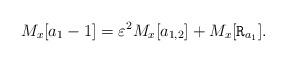
LaTeX: \begin{align*}M_x[a_1-1]=\varepsilon^2 M_x[a_{1, 2}]+M_x[\mathtt{R}_{a_1}].\end{align*}